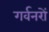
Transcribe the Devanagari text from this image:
गर्वनरों